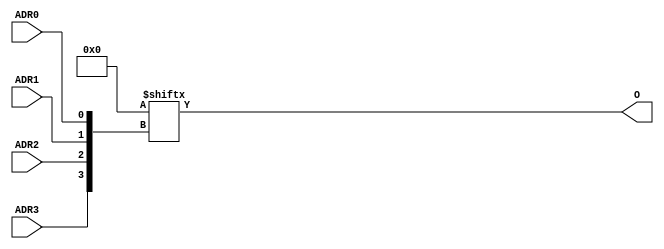
module X_LUT4 (O, ADR0, ADR1, ADR2, ADR3);

  parameter INIT = 16'h0000;
  parameter LOC = "UNPLACED";

  output O;
  input ADR0, ADR1, ADR2, ADR3;

  wire  a0, a1, a2, a3;
  wire o_out_tmp;
  reg o_out;
  reg tmp;

  buf b0 (a0, ADR0);
  buf b1 (a1, ADR1);
  buf b2 (a2, ADR2);
  buf b3 (a3, ADR3);

  buf b4 (O, o_out_tmp);

  assign o_out_tmp = o_out;

  always @(  a3 or  a2 or  a1 or  a0 )  begin

      tmp =  a0 ^ a1  ^ a2 ^ a3;

    if ( tmp == 0 || tmp == 1)

      o_out = INIT[{a3, a2, a1, a0}];

    else 

      o_out =  lut4_mux4 ( {lut4_mux4 ( INIT[15:12], {a1, a0}),
                          lut4_mux4 ( INIT[11:8], {a1, a0}),
                          lut4_mux4 ( INIT[7:4], {a1, a0}),
                          lut4_mux4 ( INIT[3:0], {a1, a0}) }, {a3, a2});
  end

  specify

	(ADR0 => O) = (0:0:0, 0:0:0);
	(ADR1 => O) = (0:0:0, 0:0:0);
	(ADR2 => O) = (0:0:0, 0:0:0);
	(ADR3 => O) = (0:0:0, 0:0:0);
	specparam PATHPULSE$ = 0;

  endspecify


  function lut4_mux4;
  input [3:0] d;
  input [1:0] s;

  begin

       if ((s[1]^s[0] ==1) || (s[1]^s[0] ==0))

           lut4_mux4 = d[s];

         else if ((d[0] ^ d[1]) == 0 && (d[2] ^ d[3]) == 0 && (d[0] ^ d[2]) == 0)
           lut4_mux4 = d[0];
         else if ((s[1] == 0) && (d[0] == d[1]))
           lut4_mux4 = d[0];
         else if ((s[1] == 1) && (d[2] == d[3]))
           lut4_mux4 = d[2];
         else if ((s[0] == 0) && (d[0] == d[2]))
           lut4_mux4 = d[0];
         else if ((s[0] == 1) && (d[1] == d[3]))
           lut4_mux4 = d[1];
         else
           lut4_mux4 = 1'bx;

   end
  endfunction

endmodule